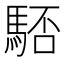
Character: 𩣚